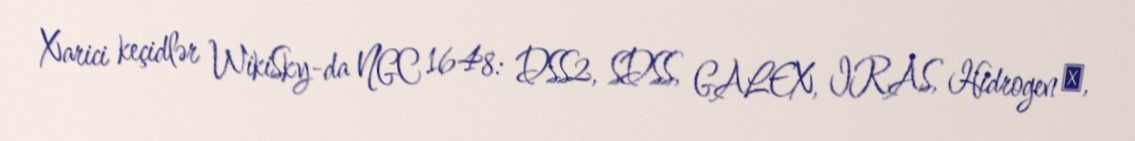
Xarici keçidlər WikiSky-da NGC 1648: DSS2, SDSS, GALEX, IRAS, Hidrogen α,